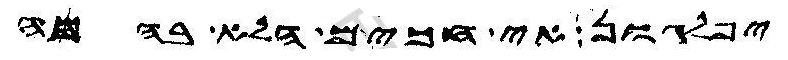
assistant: יפלגון אי חכים הלא בהמה